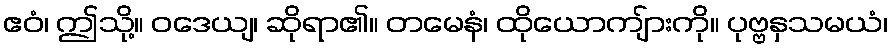
ဧဝံ၊ ဤသို့။ ဝဒေယျ၊ ဆိုရာ၏။ တမေနံ၊ ထိုယောကျ်ားကို။ ပုဗ္ဗနှသမယံ၊